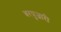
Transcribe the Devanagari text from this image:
बरपुजारी